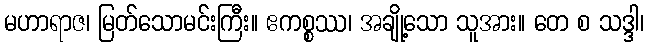
မဟာရာဇ၊ မြတ်သောမင်းကြီး။ ဧကစ္စဿ၊ အချို့သော သူအား။ တေ စ သဒ္ဒါ၊